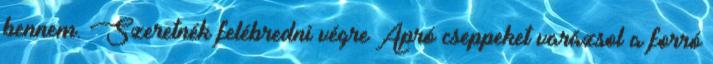
bennem. Szeretnék felébredni végre Apró cseppeket varázsol a forró